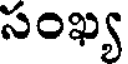
సంఖ్య